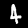
Label: 4